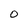
Character: o